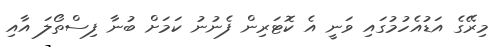
މިރޭގެ އަޑުއެހުމުގައި ވަނީ އެ ކޮޓަރިން ފެނުނު ކަމަށް ބުނާ ފިސްތޯލަ އާއި